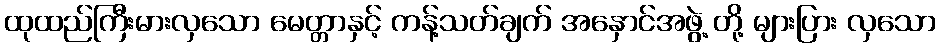
ထုထည်ကြီးမားလှသော မေတ္တာနှင့် ကန့်သတ်ချက် အနှောင်အဖွဲ့ တို့ များပြား လှသော